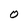
Character: O